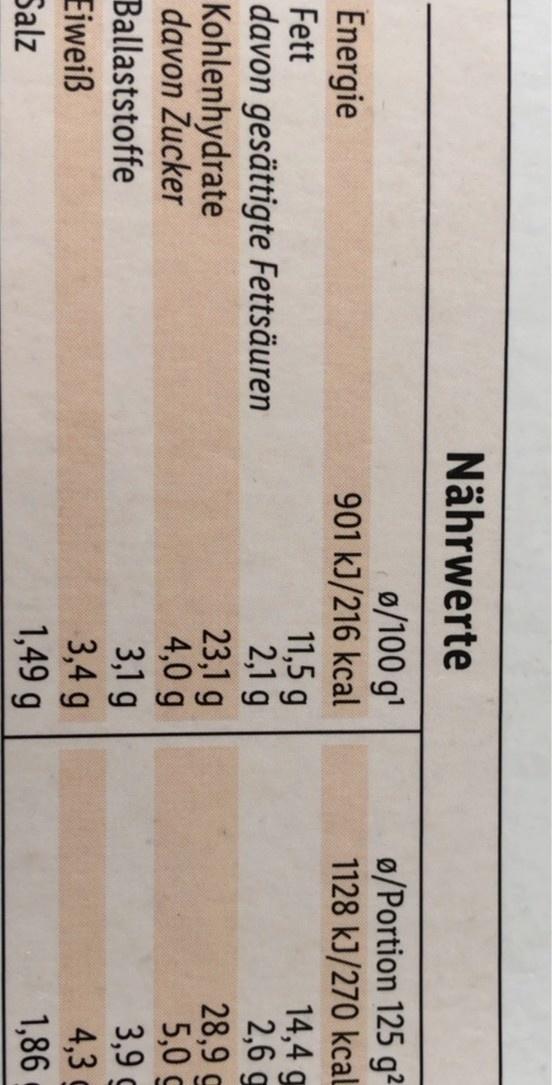
Nährwerte
0/100 g' 901 kJ/216 kcal 11,5 g 2,1 g 23,1 g 4,0 g 3,1g 3,4 g 1,49 g
ø/Portion 125 g² 1128 kJ/270 kcal 14,4 g 2,6 g 28,9 g 5,0 g 3,9 g
Energie Fett
davon gesättigte Fettsäuren
Kohlenhydrate davon Zucker
Ballaststoffe
4,3
Eiweiß
1,86
Salz